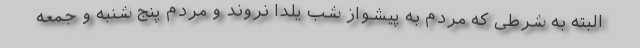
البته به شرطی که مردم به پیشواز شب یلدا نروند و مردم پنج شنبه و جمعه